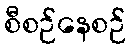
စီစဉ်နေစဉ်